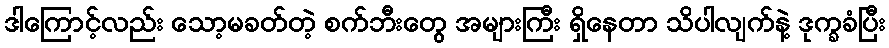
ဒါကြောင့်လည်း သော့မခတ်တဲ့ စက်ဘီးတွေ အများကြီး ရှိနေတာ သိပါလျက်နဲ့ ဒုက္ခခံပြီး